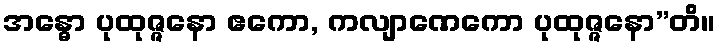
အန္ဓော ပုထုဇ္ဇနော ဧကော, ကလျာဏေကော ပုထုဇ္ဇနော”တိ။